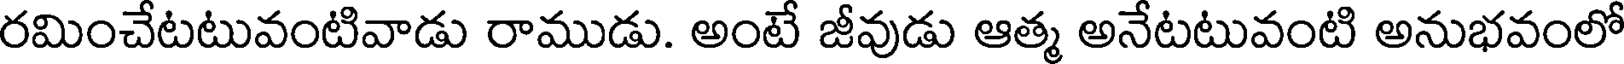
రమించేటటువంటివాడు రాముడు. అంటే జీవుడు ఆత్మ అనేటటువంటి అనుభవంలో